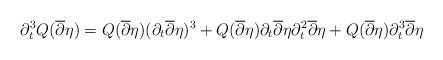
LaTeX: \begin{align*}\partial^3_t Q(\overline{\partial} \eta) = Q( \overline{\partial} \eta) (\partial_t \overline{\partial} \eta)^3 + Q(\overline{\partial} \eta) \partial_t \overline{\partial}\eta\partial^2_t \overline{\partial} \eta + Q( \overline{\partial} \eta) \partial^3_t \overline{\partial} \eta\end{align*}